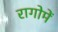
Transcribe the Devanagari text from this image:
रागोमें